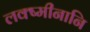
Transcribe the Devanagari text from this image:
लक्ष्मीनानि